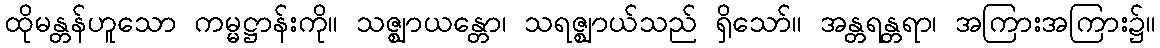
ထိုမန္တန်ဟူသော ကမ္မဋ္ဌာန်းကို။ သဇ္ဈာယန္တော၊ သရဇ္ဈာယ်သည် ရှိသော်။ အန္တရန္တရာ၊ အကြားအကြား၌။